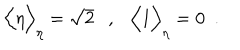
\Big \langle \eta \Big \rangle _ { \eta } = \sqrt { 2 } , \Big \langle 1 \Big \rangle _ { \eta } = 0 ~ ~ .